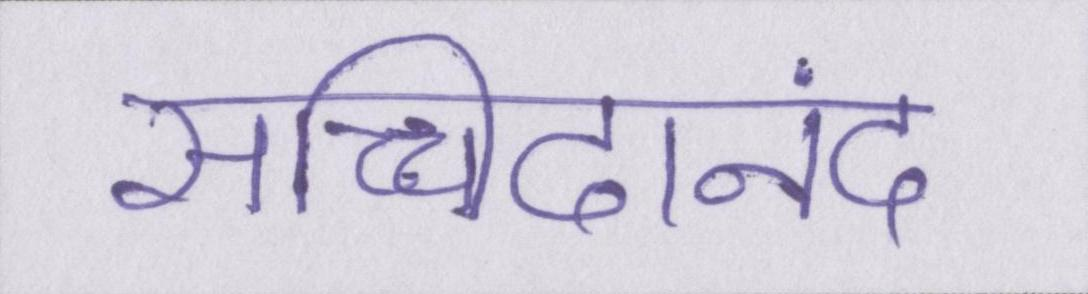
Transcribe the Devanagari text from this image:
सच्चिदानंद